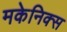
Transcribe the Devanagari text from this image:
मकेनिक्स